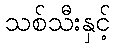
သစ်သီးနှင့်